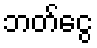
ဘတ်ငွေ